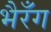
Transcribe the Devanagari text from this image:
भैरँग